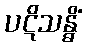
ပဋိသန္ဓိံ